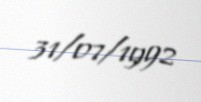
31/07/1992